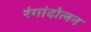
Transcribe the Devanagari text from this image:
रंगांदोलन